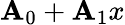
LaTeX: \mathbf{A}_{0}+\mathbf{A}_{1}x